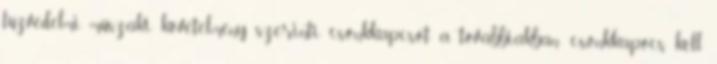
tûzvédelmi mûszaki követelmény szerinti csonkkapcsot a továbbiakban: csonkkapocs kell